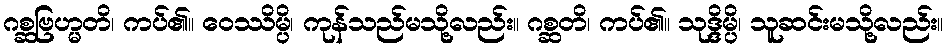
ဂစ္ဆဗြဟ္မတိ၊ ကပ်၏။ ဝေဿိမ္ပိ၊ ကုန်သည်မသို့လည်း။ ဂစ္ဆတိ၊ ကပ်၏။ သုဒ္ဒိမ္ပိ၊ သူဆင်းမသို့လည်း။